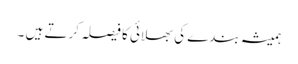
ہمیشہ بندے کی بھلائی کا فیصلہ کرتے ہیں ۔